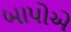
બાપોએ